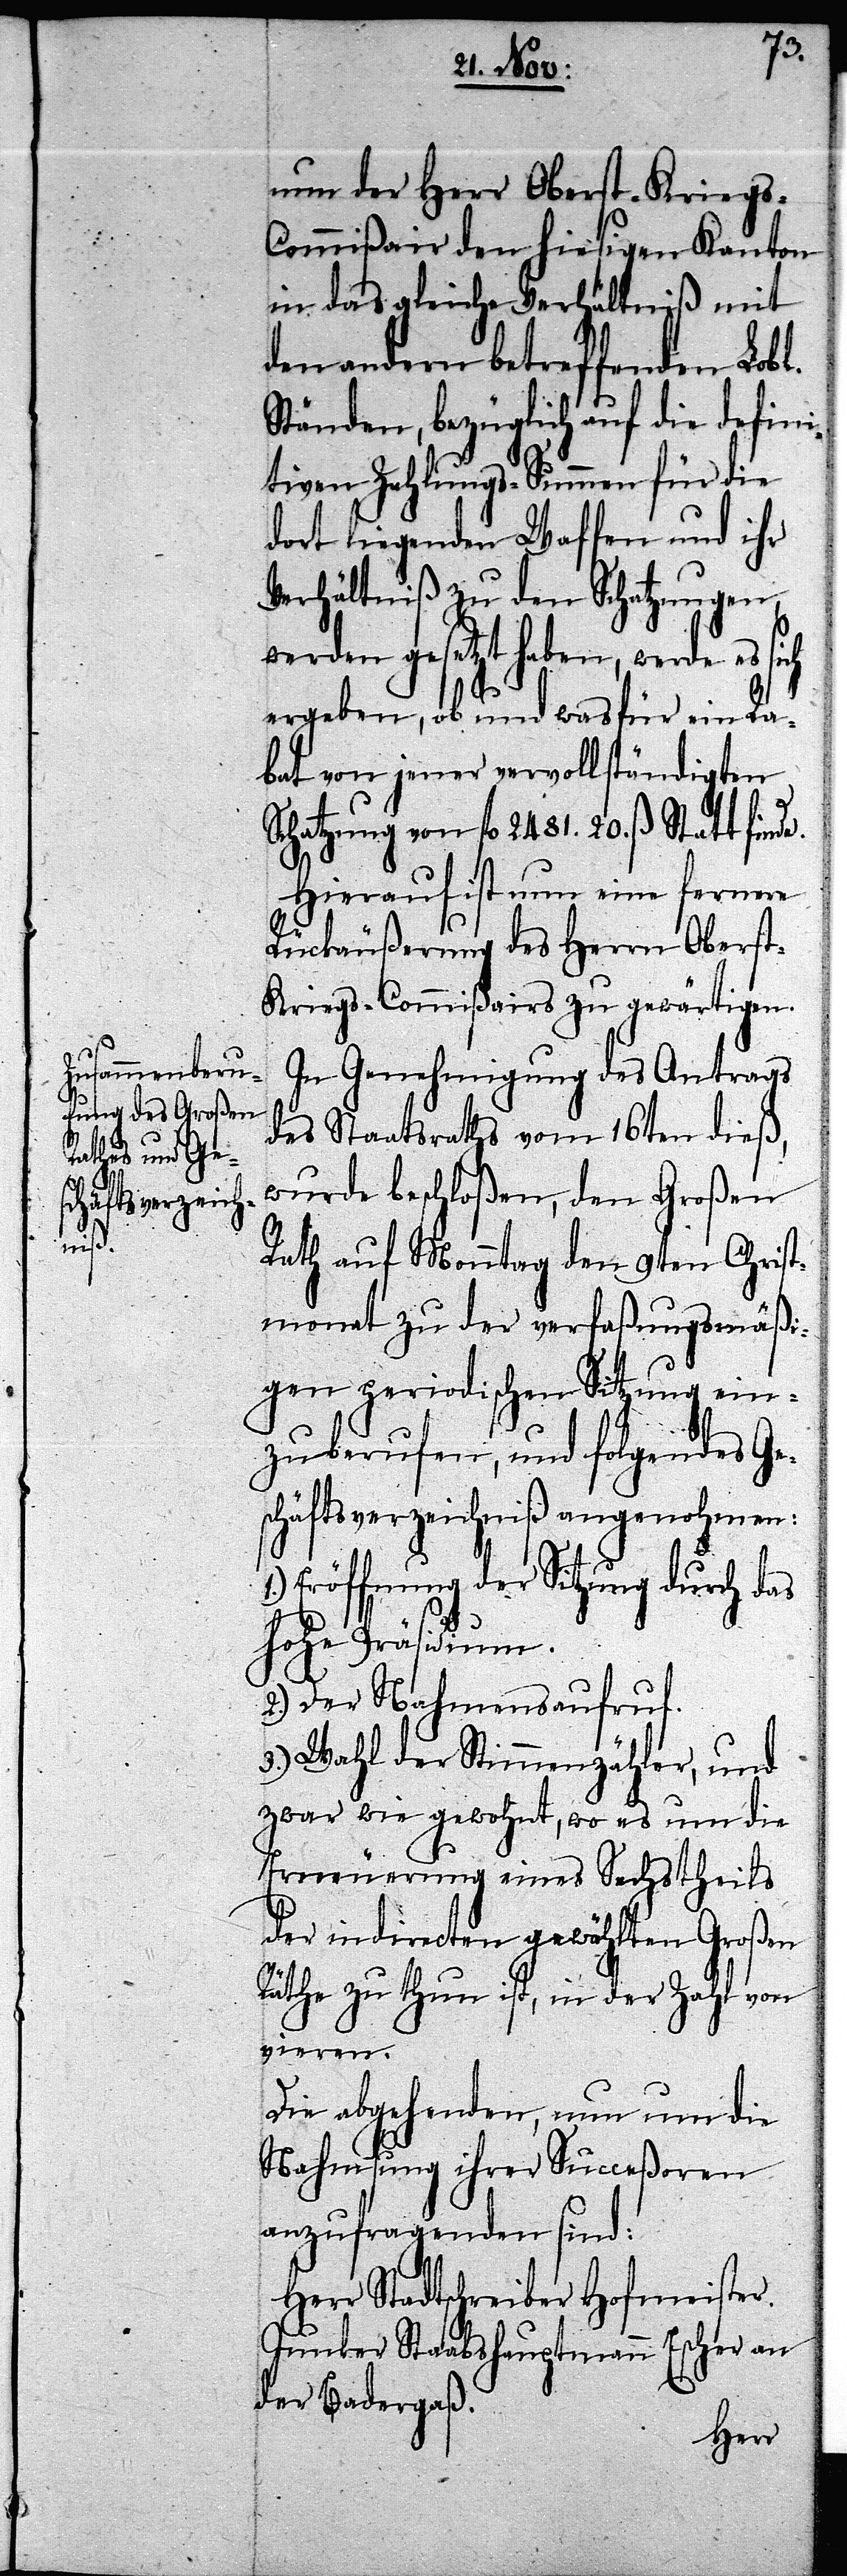
nun der Herr Oberst-Kriegs-C¬
ommißair den hiesigen Kanton
in das gleiche Verhältniß mit
den andern betreffenden Lobl.
Ständen, bezüglich auf die defini¬
tiven Zahlungs-Summen für die
dort liegenden Waffen und ihr
Verhältniß zu den Schatzungen,
werden gesetzt haben, werde
ergeben, ob und was für ein Ra¬
bat von jener vervollständigten
Schatzung von fl. 2481. 20. ß Statt find¬
Hierauf ist nun eine fernere
Rückäußerung des Herrn Obers¬
t-Kriegs-Commißairs zu gewärtigen.
In Genehmigung des Antrags
des Staatsraths vom 16ten dieß,
wurde beschloßen, den Großen
Rath auf Monntag den 9ten Christ¬
monat zu der verfaßungsmäßi¬
gen periodischen Sitzung ein¬
e.
zuberufen, und folgendes Ge¬
schäftsverzeichniß angenohmen:
Eröffnung der Sitzung durch das
Hohe Präsidium.
2.) Der Nahmensaufruf.
3.) Wahl der Stimmenzähler, und
zwar wie gewohnt, wo es um die
Erneuerung eines Sechstheils
der indirecten gewählten Großen
Räthe zu thun ist, in der Zahl von
vieren.
Die abgehenden, nun um die
Nahmsung ihrer Succeßoren
anzufragenden sind:
Herr Stadtschreiber Hofmeister.
Junker Staabshauptmann Escher an
der Badergaß.